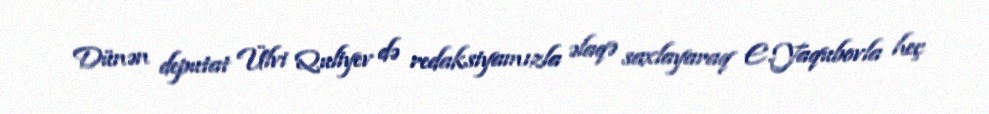
Dünən deputat Ülvi Quliyev də redaksiyamızla əlaqə saxlayaraq E.Yaqubovla heç